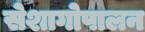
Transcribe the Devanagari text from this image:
सेशागोपालन